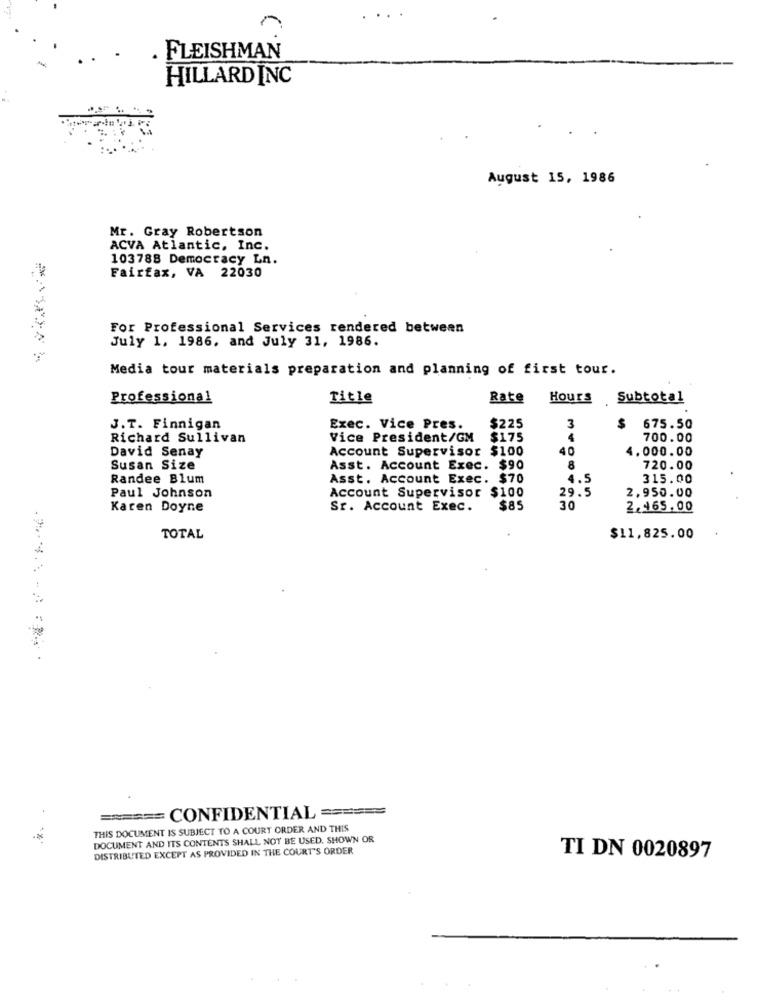
. FLEISHMAN
HILLARD INC
August 15, 1986
Mr. Gray Robertson
ACVA Atlantic, Inc.
103788 Democracy Ln.
Fairfax, VA 22030
For Professional Services rendered between
July 1. 1986. and July 31, 1986.
Media tour materials preparation and planning of first tour.
Professional
Title
Rate Hours Subtotal
J.T. Finnigan
Exec. Vice Pres.
$225
3
$
675.50
Richard Sullivan
Vice President/GM
$175
4
700.00
Account Supervisor $100
40
4.000.00
David Senay
Susan Size
Asst. Account Exec. $90
8
720.00
Randee Blum
Asst. Account Exec. $70
4.5
315.00
Paul Johnson
Account Supervisor $100
29.5
2,950.00
Karen Doyne
Sr. Account Exec.
$85
30
2,465.00
TOTAL
$11,825.00
====== CONFIDENTIAL ======
THIS DOCUMENT IS SUBJECT TO A COURT ORDER AND THIS
DOCUMENT AND ITS CONTENTS SHALL NOT BE USED. SHOWN OR
DISTRIBUTED EXCEPT AS PROVIDED IN THE COURT'S ORDER
TI DN 0020897